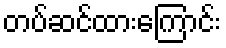
တပ်ဆင်ထားကြောင်း